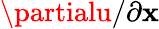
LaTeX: \partialu/\partial\mathbf{x}